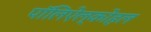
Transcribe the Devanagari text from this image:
पॉलिऐल्कोहल